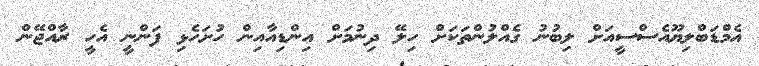
އެމްޑަބްލިޔޫއެސްސީއަށް ލިބުނު ގެއްލުންތަކަށް ހިލޭ ދިނުމަށް އިންޑިއާއިން ހުށަހެޅި ފަންނީ އެހީ ރާއްޖޭން